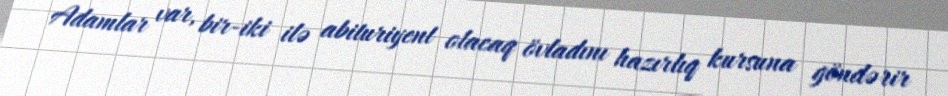
Adamlar var, bir-iki ilə abituriyent olacaq övladını hazırlıq kursuna göndərir